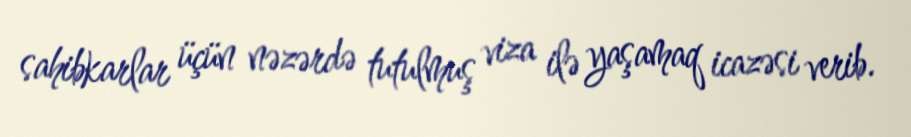
sahibkarlar üçün nəzərdə tutulmuş viza ilə yaşamaq icazəsi verib.